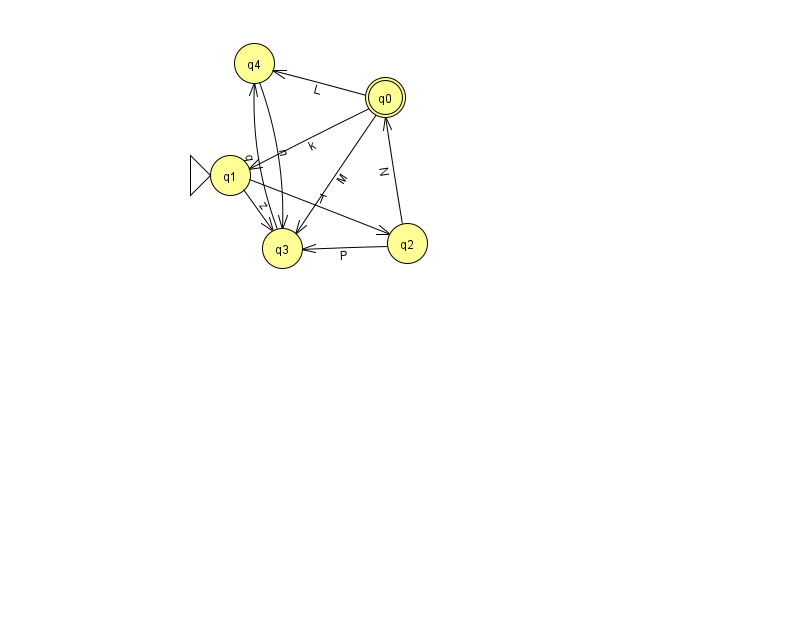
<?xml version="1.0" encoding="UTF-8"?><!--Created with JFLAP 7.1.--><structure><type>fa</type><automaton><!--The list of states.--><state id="0" name="q0"><x>385.0</x><y>84.0</y><final/></state><state id="1" name="q1"><x>230.0</x><y>162.0</y><initial/></state><state id="2" name="q2"><x>407.0</x><y>230.0</y></state><state id="3" name="q3"><x>282.0</x><y>235.0</y></state><state id="4" name="q4"><x>254.0</x><y>50.0</y></state><!--The list of transitions.--><transition><from>0</from><to>3</to><read>M</read></transition><transition><from>4</from><to>3</to><read>n</read></transition><transition><from>1</from><to>2</to><read>T</read></transition><transition><from>1</from><to>3</to><read>z</read></transition><transition><from>0</from><to>1</to><read>k</read></transition><transition><from>2</from><to>0</to><read>N</read></transition><transition><from>3</from><to>4</to><read>q</read></transition><transition><from>0</from><to>4</to><read>L</read></transition><transition><from>2</from><to>3</to><read>P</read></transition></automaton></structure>